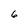
Character: 6